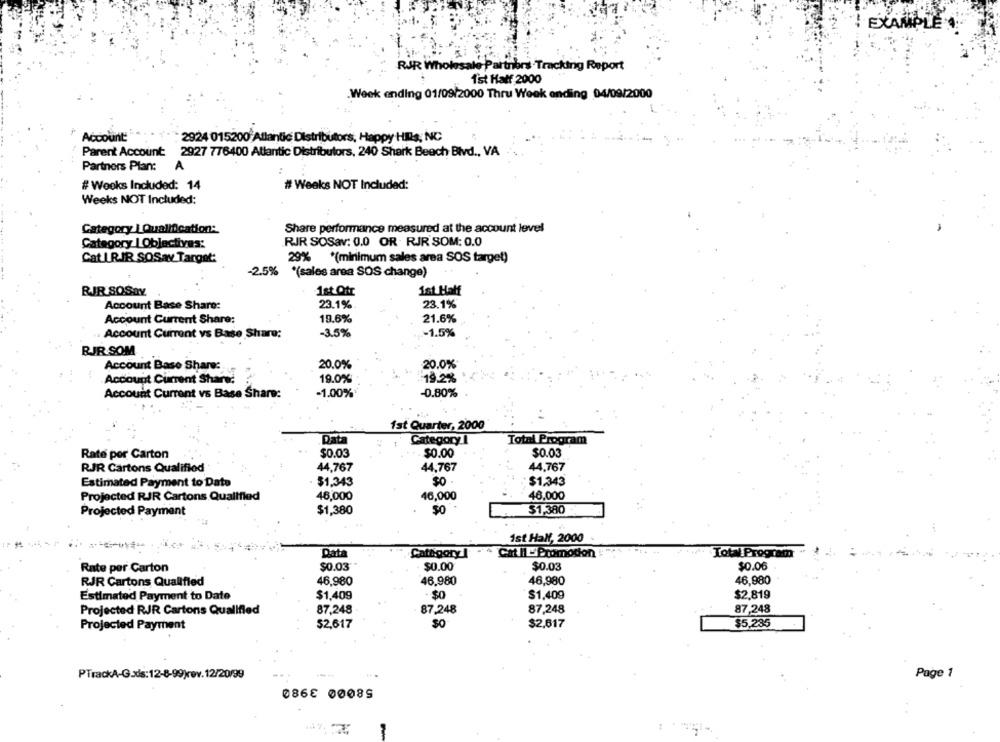
EXAMPLE .
RJR Wholesale Partiers Tracking Report
1st Half 2000
.Week ending 01/09/2000 Thru Week anding 04/09/2000
Account
2924 015200 Atlantic Distributors, Happy HIs, NC
Parent Account 2927 776400 Atlantic Distributors, 240 Shark Beech Blvd ., VA
Partners Plan:
A
# Weeks Included: 14
# Weeks NOT Included:
Weeks NOT Included:
Category |Qualification:
Share performance measured at the account level
Category |Objectives:
RIR SOSav: 0.0 OR RJR SOM: 0.0
Cat IR.IR SOSav Target:
29% *(minimum sales area SOS target)
-2.5% *(sales area SOS change)
RIR SOSav
1st Ofr
1st Half
Account Base Share:
23.1%
23.1%
Account Current Share:
19.6%
21.6%
Account Current vs Base Share:
-3.5%
-1.5%
RIR SOM
Account Base Share:
20.0%
20.0%
19.0%
19.2%
Account Current Shared
Account Current vs Base Share:
-1.00%
-0.80%
1st Quarter, 2000
Data
Category I
Total Program
$0.03
$0.00
$0.03
Rate por Carton
RJR Cartons Qualified
44,767
44,767
44,767
Estimated Payment to Date
$1,343
$1,343
Projected RJR Cartons Qualified
46,000
46,000
46,000
Projected Payment
$1,380
$1,380
1st Half, 2000
Data
Category
Total Program
Rate per Carton
$0.03
$0.00
$0.03
$0.06
RJR Cartons Qualified
46,980
46.980
46,980
46,980
$2.819
Estimated Payment to Date
$1,409
$0
$1,409
87,248
87,248
Projected RJR Cartons Qualified
87,248
87,248
$2,617
$0
$2,617
$5,235
Projected Payment
PTrackA-G.ods:12-8-99)rev.12/20/99
Page 1
086E 0008S